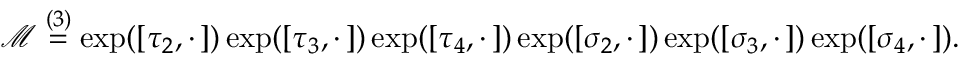
\mathcal { M } \overset { ( 3 ) } { = } \exp ( [ \tau _ { 2 } , \cdot \, ] ) \exp ( [ \tau _ { 3 } , \cdot \, ] ) \exp ( [ \tau _ { 4 } , \cdot \, ] ) \exp ( [ \sigma _ { 2 } , \cdot \, ] ) \exp ( [ \sigma _ { 3 } , \cdot \, ] ) \exp ( [ \sigma _ { 4 } , \cdot \, ] ) .